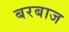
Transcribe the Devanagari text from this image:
बरबाज